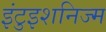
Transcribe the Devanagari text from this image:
इंटुइशनिज्म